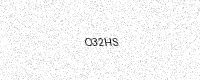
Text: O32HS